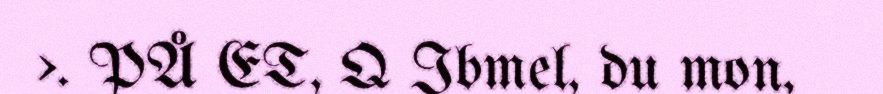
>. PÅ ET, Q Ibmel, du mon,